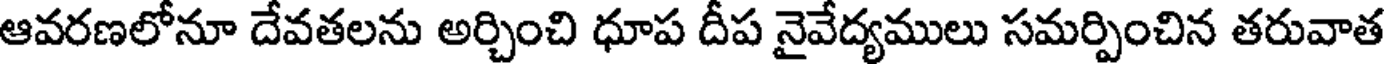
ఆవరణలోనూ దేవతలను అర్చించి ధూప దీప నైవేద్యములు సమర్పించిన తరువాత